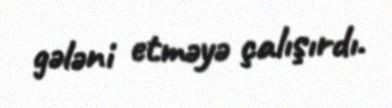
gələni etməyə çalışırdı.